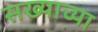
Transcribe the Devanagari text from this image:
सख्याच्या